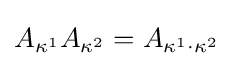
A_{\kappa ^{1}}A_{\kappa ^{2}}=A_{\kappa ^{1}\cdot \kappa ^{2}}